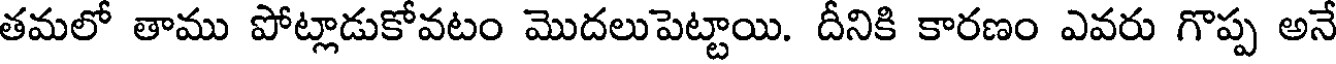
తమలో తాము పోట్లాడుకోవటం మొదలుపెట్టాయి. దీనికి కారణం ఎవరు గొప్ప అనే